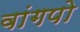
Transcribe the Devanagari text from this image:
वांगपो